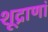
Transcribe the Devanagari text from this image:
शूद्राणां